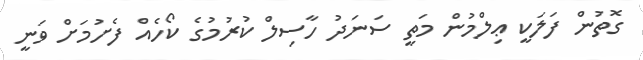
ގޮތުން ފަލަކީ ޢިލްމުން މަތީ ސަނަދު ހާސިލް ކުރުމުގެ ކޯހެއް ފެށުމަށް ވަނީ